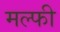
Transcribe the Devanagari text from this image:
मल्फी